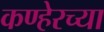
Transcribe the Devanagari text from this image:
कण्हेरच्या